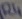
Text: R4